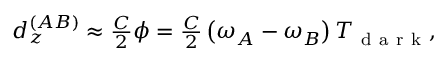
\begin{array} { r } { d _ { z } ^ { ( A B ) } \approx \frac { C } { 2 } \phi = \frac { C } { 2 } \left( \omega _ { A } - \omega _ { B } \right) T _ { \mathrm { ~ d ~ a ~ r ~ k ~ } } , } \end{array}